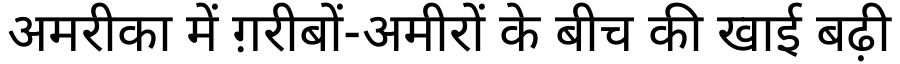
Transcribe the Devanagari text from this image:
अमरीका में ग़रीबों-अमीरों के बीच की खाई बढ़ी